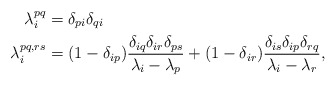
\begin{align*} \lambda_i^{pq} = {} & \delta_{pi}\delta_{qi} \\ \lambda_i^{pq,rs} = {} &(1-\delta_{ip})\frac{\delta_{iq}\delta_{ir}\delta_{ps}}{\lambda_i - \lambda_p} +(1-\delta_{ir})\frac{\delta_{is}\delta_{ip}\delta_{rq}}{\lambda_i - \lambda_r}, \end{align*}